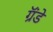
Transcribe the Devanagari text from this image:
ग्रॅंडे